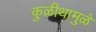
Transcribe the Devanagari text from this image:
कुळीथामुळे